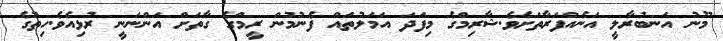
މޫނު އަނބުރާލީ އަނެއްފަރާތަށެވެ.ޝާރިމްގެ މިފަދަ އަމަލުތައް ފެނުމުން ރީމްގެ ގާތަށް އަންނަނީ ރުޅިއެވެ.ހިތުގެ